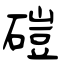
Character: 磑